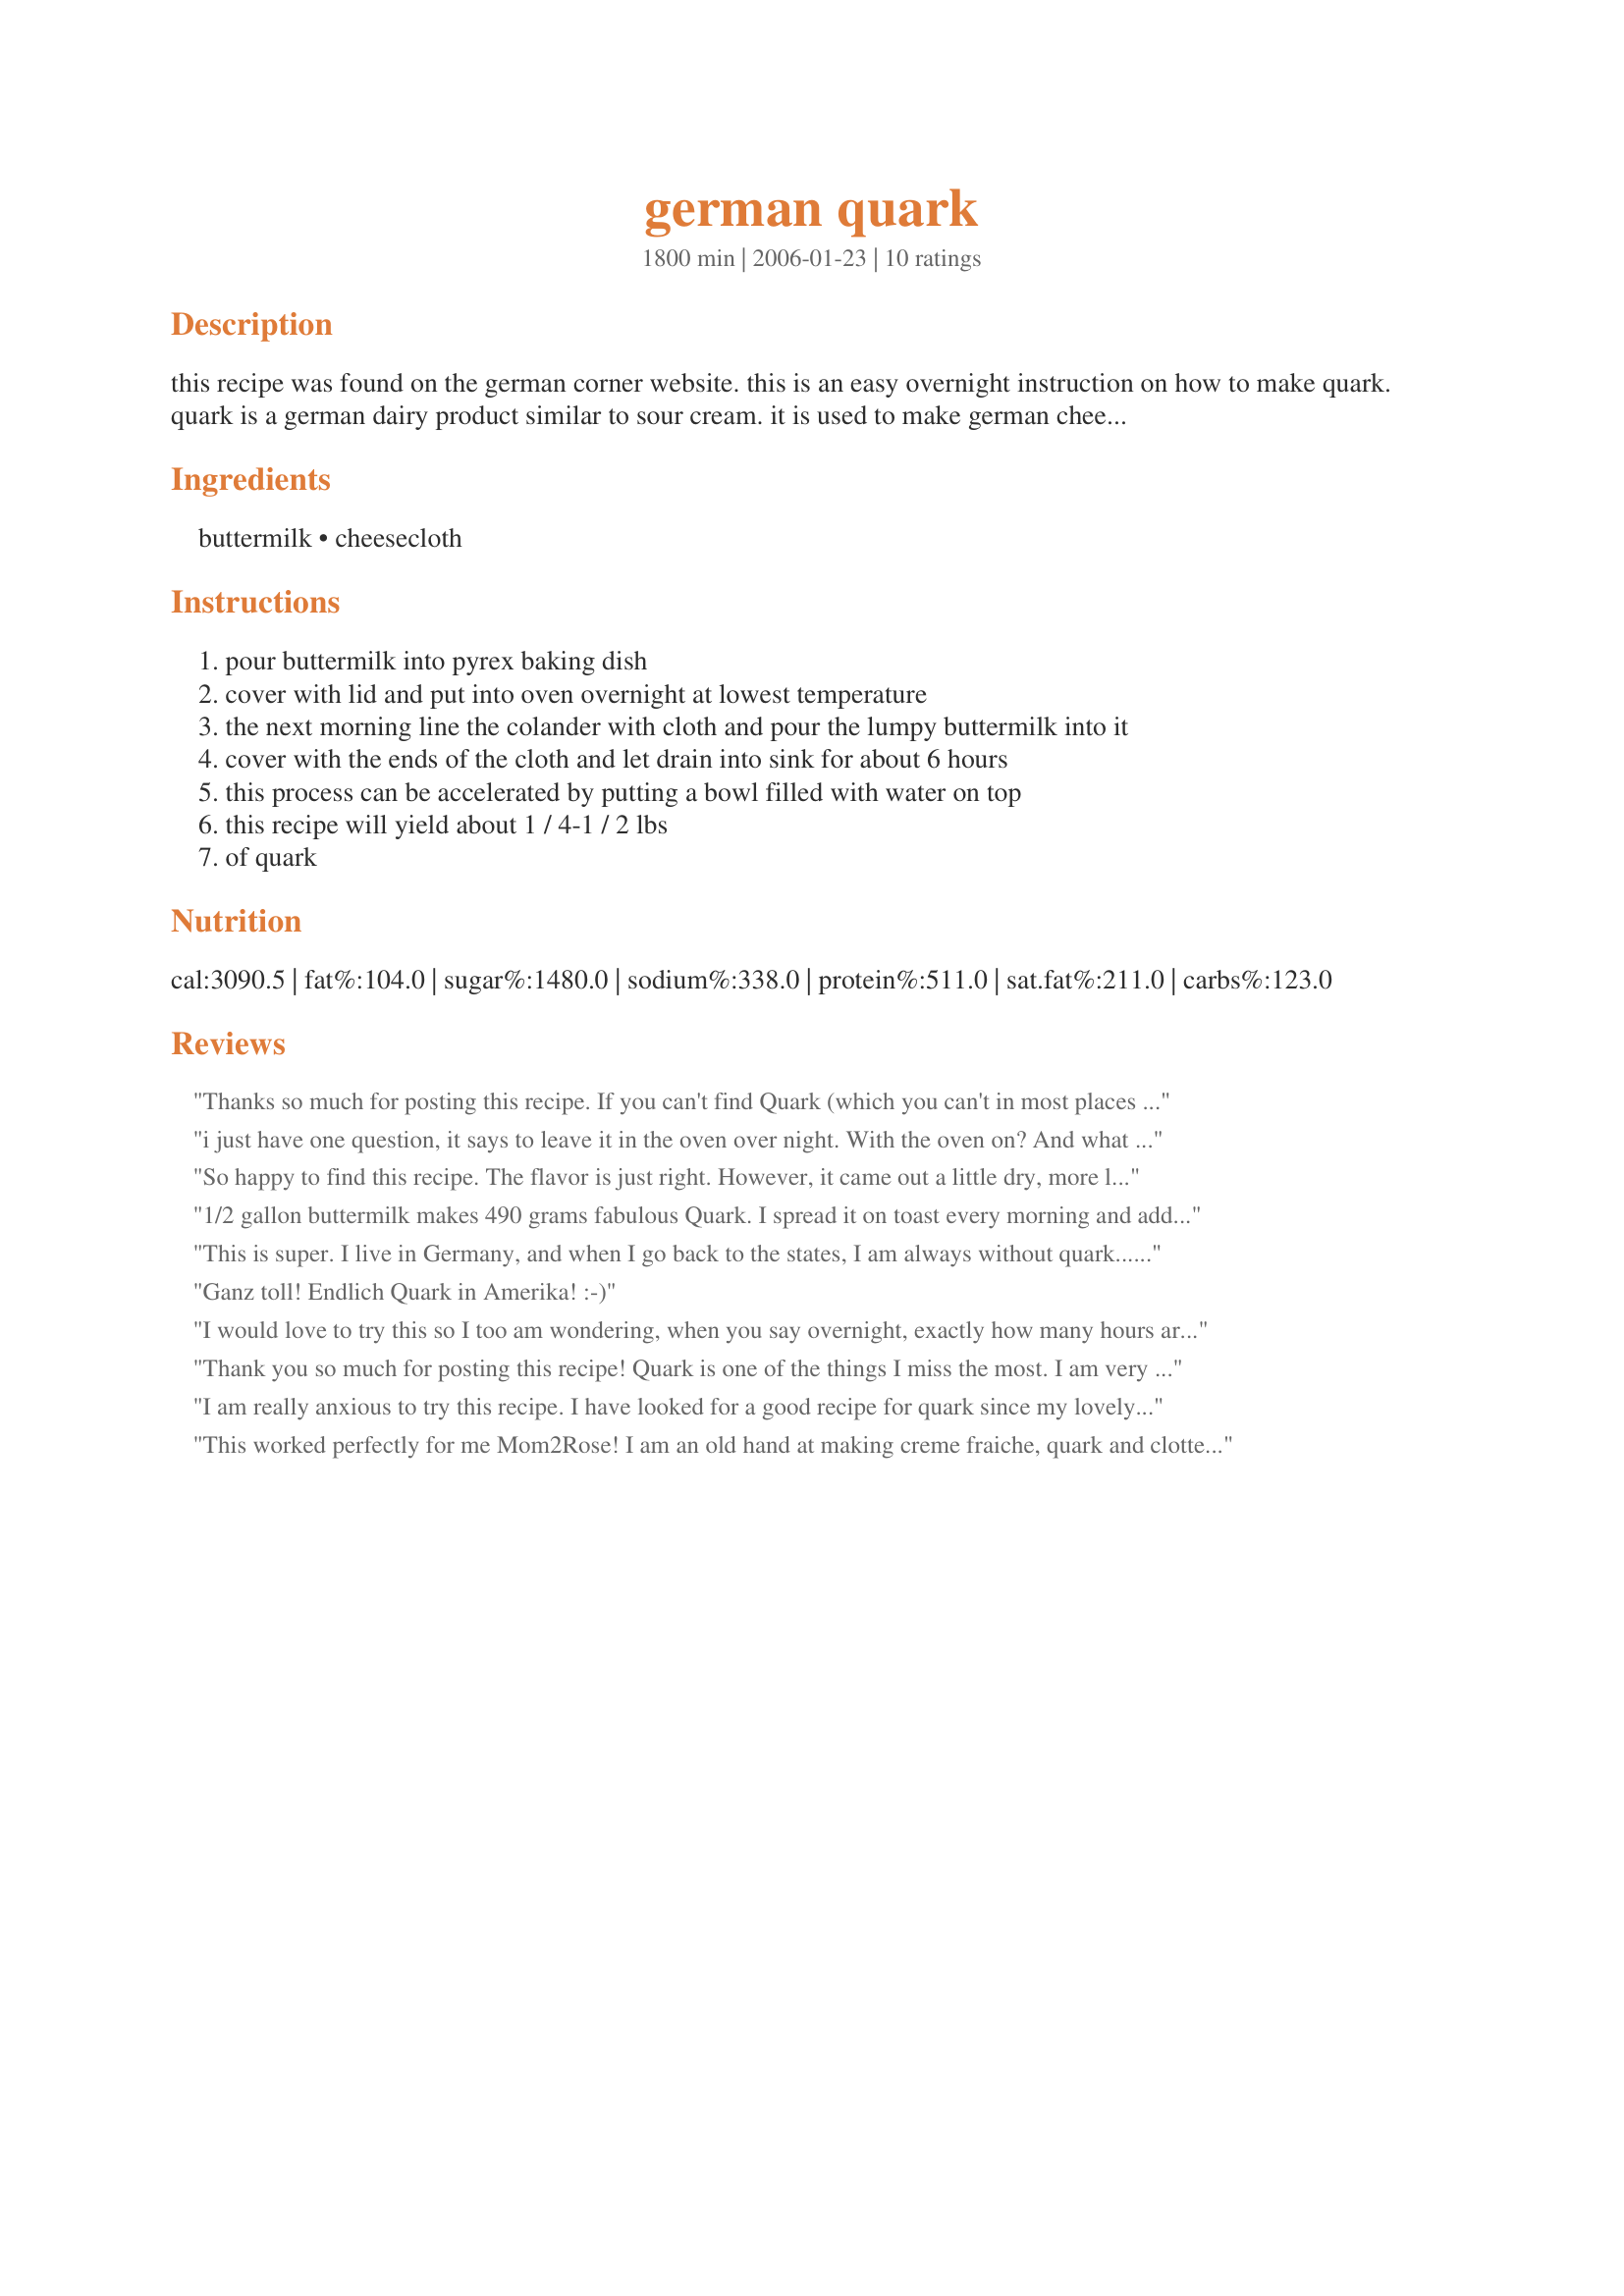
german quark
Preparation time: 1800 minutes

this recipe was found on the german corner website. this is an easy overnight instruction on how to make quark. quark is a german dairy product similar to sour cream. it is used to make german cheesecakes and other desserts and dishes. it is even delicious with some fresh herbs and spread on some bagels or fresh crusty bread rolls! you will need a covered pyrex baking dish or similar along with a large colander and a cheesecloth or plain linen.

Ingredients:
buttermilk, cheesecloth

Steps:
pour buttermilk into pyrex baking dish
cover with lid and put into oven overnight at lowest temperature
the next morning line the colander with cloth and pour the lumpy buttermilk into it
cover with the ends of the cloth and let drain into sink for about 6 hours
this process can be accelerated by putting a bowl filled with water on top
this recipe will yield about 1 / 4-1 / 2 lbs
of quark

Reviews:
Thanks so much for posting this recipe. If you can't find Quark (which you can't in most places in the states) this is perfect.
i just have one question, it says to leave it in the oven over night. With the oven on? And what is your definition of night long?
So happy to find this recipe. The flavor is just right. However, it came out a little dry, more like quark curd than the creamy quark I was hoping to use in a cheesecake recipe. Don't know if I did something wrong. Had to cook it at 170, as this is my oven's lowest temp. setting and drained for only about 2 hours.
1/2 gallon buttermilk makes 490 grams fabulous Quark. I spread it on toast every morning and add a touch of jam. After 43 years in this country, I can't believe I am finally eating Quark!! Thank you.
This is super. I live in Germany, and when I go back to the states, I am always without quark.....not anymore......tried it, loved it!!
Ganz toll! Endlich Quark in Amerika!
:-)
I would love to try this so I too am wondering, when you say overnight, exactly how many hours are you talking about.
Thank you so much for posting this recipe! Quark is one of the things I miss the most. I am very excited about trying this!
I am really anxious to try this recipe. I have looked for a good recipe for quark since my lovely daughter-in-law told me how much she loved it when in Germany, and how much she missed it since returning here. When I first started looking a few years ago, it seemed nobody even knew what it was! Now I am finding that there are several ways to make and many ways to use it. I hope I can perfect my "quark-making" in time to give some to her at Christmas! Thank you - this recipe sounds very easy, and the reviews make it sound as if it's authentic.
This worked perfectly for me Mom2Rose! I am an old hand at making creme fraiche, quark and clotted cream, and this was a well written and clear account of how to make this delectable German product! I shall be using this to spread on my bread at breakfast time - this was put into my woodburning stove overnight...........perfect results - good creamy colour and texture! Made for ZWT 4. GREAT thanks! FT:-)
